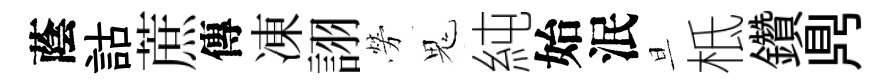
蔭詁蔗傳凍詡勞鬼純始泯旦柢鑽𪔂